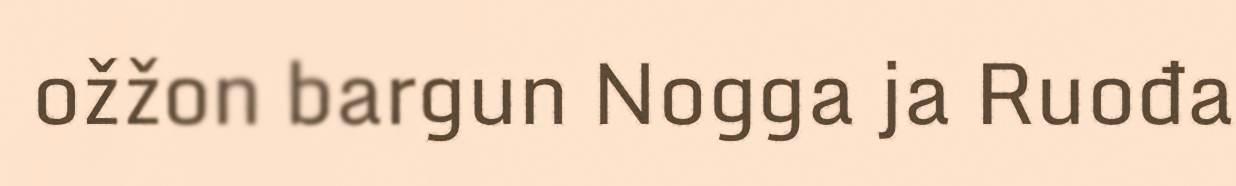
ožžon bargun Nogga ja Ruođa